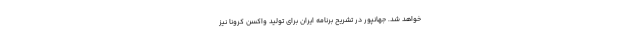
خواهد شد. جهانپور در تشریح برنامه ایران برای تولید واکسن کرونا نیز